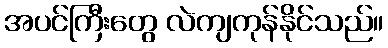
အပင်ကြီးတွေ လဲကျကုန်နိုင်သည်။